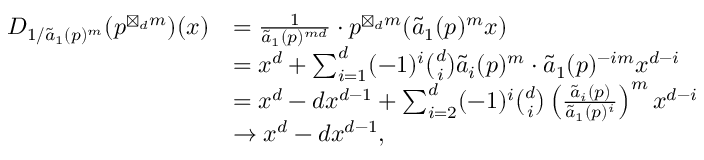
\begin{array} { r l } { D _ { 1 / \widetilde { a } _ { 1 } ( p ) ^ { m } } ( p ^ { \boxtimes _ { d } m } ) ( x ) } & { = \frac { 1 } { \widetilde { a } _ { 1 } ( p ) ^ { m d } } \cdot p ^ { \boxtimes _ { d } m } ( \widetilde { a } _ { 1 } ( p ) ^ { m } x ) } \\ & { = x ^ { d } + \sum _ { i = 1 } ^ { d } ( - 1 ) ^ { i } \binom { d } { i } \widetilde { a } _ { i } ( p ) ^ { m } \cdot \widetilde { a } _ { 1 } ( p ) ^ { - i m } x ^ { d - i } } \\ & { = x ^ { d } - d x ^ { d - 1 } + \sum _ { i = 2 } ^ { d } ( - 1 ) ^ { i } \binom { d } { i } \left( \frac { \widetilde { a } _ { i } ( p ) } { \widetilde { a } _ { 1 } ( p ) ^ { i } } \right) ^ { m } x ^ { d - i } } \\ & { \rightarrow x ^ { d } - d x ^ { d - 1 } , } \end{array}